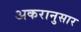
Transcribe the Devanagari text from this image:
अकरानुसार